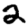
Digit: 2